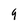
Character: 9